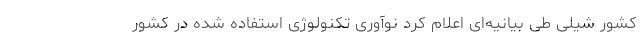
کشور شیلی طی بیانیه‌ای اعلام کرد نوآوری تکنولوژی استفاده شده در کشور